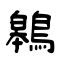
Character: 鷎